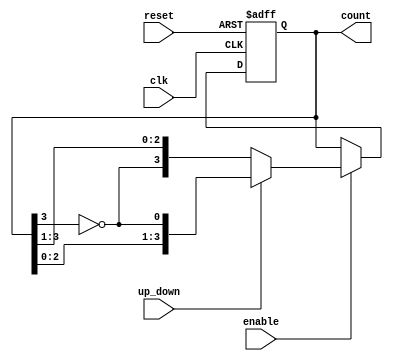
module bidirectional_johnson_counter #(
    parameter N = 4  // Number of flip-flops (bits)
)(
    input wire clk,          // Clock signal
    input wire reset,        // Reset signal
    input wire enable,       // Enable signal
    input wire up_down,      // Control signal: 1 for up, 0 for down
    output reg [N-1:0] count // Counter output
);

    // Internal signal for the inverted last flip-flop output
    wire feedback;

    // Feedback logic
    assign feedback = ~count[N-1];

    always @(posedge clk or posedge reset) begin
        if (reset) begin
            count <= 0; // Reset counter to 0
        end else if (enable) begin
            if (up_down) begin
                // Counting up (Johnson counter behavior)
                count <= {count[N-2:0], feedback}; // Shift left and feedback
            end else begin
                // Counting down (reverse Johnson counter behavior)
                count <= {feedback, count[N-1:1]}; // Shift right and feedback
            end
        end
    end

endmodule